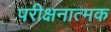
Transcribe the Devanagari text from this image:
परीक्षनात्मक